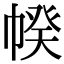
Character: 𢃯